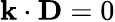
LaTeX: \mathbf{k}\cdot\mathbf{D}=0